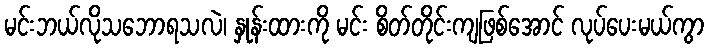
မင်းဘယ်လိုသဘောရသလဲ၊ နှုန်းထားကို မင်း စိတ်တိုင်းကျဖြစ်အောင် လုပ်ပေးမယ်ကွာ